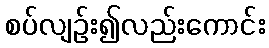
စပ်လျဉ်း၍လည်းကောင်း